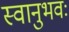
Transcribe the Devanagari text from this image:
स्वानुभवः